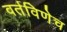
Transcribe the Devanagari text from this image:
वर्तविणेच